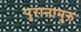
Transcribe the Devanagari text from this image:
पुरानानुरु